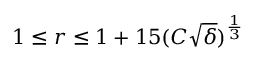
1 \leq r \leq 1 + 1 5 ( C \sqrt { \delta } ) ^ { \frac { 1 } { 3 } }